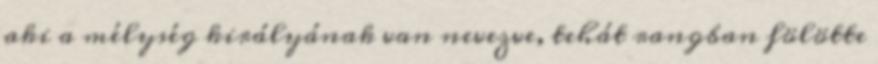
aki a mélység királyának van nevezve, tehát rangban fölötte